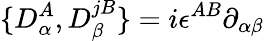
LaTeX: \{ D_{\alpha}^{A},D_{\beta}^{jB}\} =i\epsilon^{AB}\partial_{\alpha\beta}